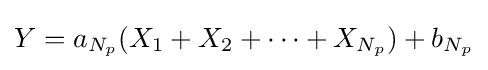
Y=a_{N_{p}}(X_{1}+X_{2}+\cdots +X_{N_{p}})+b_{N_{p}}